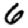
Digit: 6